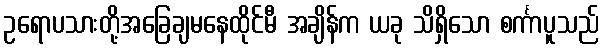
ဥရောပသားတို့အခြေချမနေထိုင်မီ အချိန်က ယခု သိရှိသော စင်္ကာပူသည်